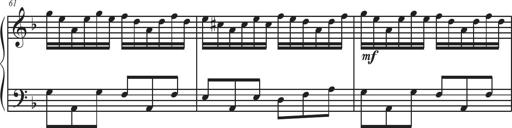
Title: Sonatina Espania
Composer: Jerald Franklin Archer
Key: Various